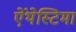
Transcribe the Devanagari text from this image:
ऐंथेस्टिमा